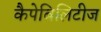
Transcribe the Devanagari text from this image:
कैपेबिलिटीज